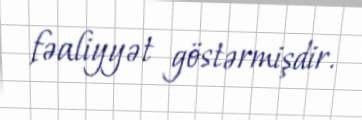
fəaliyyət göstərmişdir.